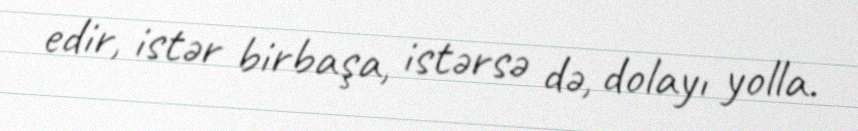
edir, istər birbaşa, istərsə də, dolayı yolla.